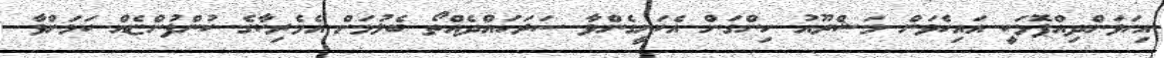
އިހަވަންދިއްޕޮޅަކީ އައިހެވަން މަޝްރޫއު ހިންގަން އެކަށީގެންވާ ސަރަހައްދެއްތޯ ބެލުމަށް އެމެރިކާގެ ކުންފުންޏެއް ކަމަށްވާ